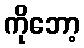
ကိုဘော့